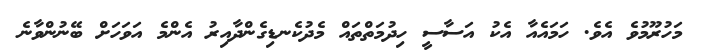
މަހުރޫމުވެ އެވެ. ހަމައެއާ އެކު އަސާސީ ހިދުމަތްތައް މެދުކެނޑިގެންދާއިރު އެންމެ އަވަހަށް ބޭނުންވާނެ